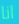
انا